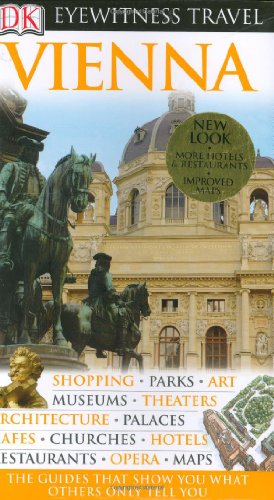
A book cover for Vienna (Eyewitness Travel Guides); Stephen Brook; Travel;